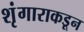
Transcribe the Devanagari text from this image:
शृंगाराकडून